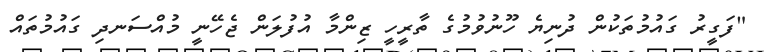
"ފަގީރު ގައުމުތަކުން ދުނިޔެ ހޫނުވުމުގެ ތާރީހީ ޒިންމާ އުފުލަން ޖެހޭނީ މުއްސަނދި ގައުމުތައް